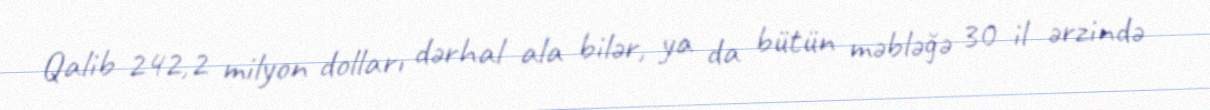
Qalib 242,2 milyon dolları dərhal ala bilər, ya da bütün məbləğə 30 il ərzində